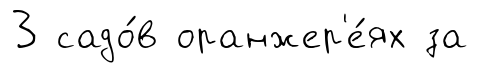
3 садо́в оранжер'е́ях за